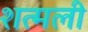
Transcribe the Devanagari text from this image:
शत्मली